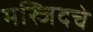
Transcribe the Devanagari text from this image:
मस्जिदचे